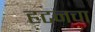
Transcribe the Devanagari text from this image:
हटनचा